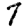
Digit: 7